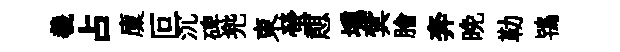
羲占廩叵沉碑兠東螢憇壎蓂膾奔晚勒鴇